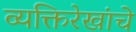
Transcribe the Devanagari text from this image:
व्यक्तिरेखांचे